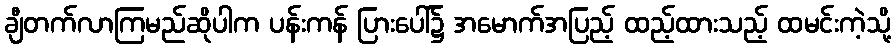
ချီတက်လာကြမည်ဆိုပါက ပန်းကန် ပြားပေါ်၌ အမောက်အပြည့် ထည့်ထားသည့် ထမင်းကဲ့သို့